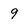
Character: 9